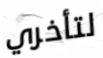
لتأخري